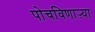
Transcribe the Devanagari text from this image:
पोचविणाऱ्या